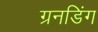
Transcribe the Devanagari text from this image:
ग्रनडिंग